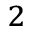
^ 2